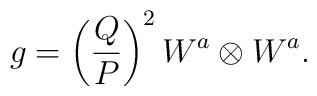
g=\left(\frac{Q}{P}\right)^2 W^a \otimes W^a.